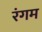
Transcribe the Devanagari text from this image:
रंगम